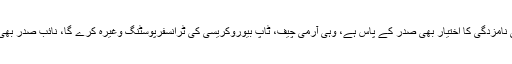
اعلیٰ عدلیہ کے ججوں کی نامزدگی کا اختیار بھی صدر کے پاس ہے، وہی آرمی چیف، ٹاپ بیوروکریسی کی ٹرانسفرپوسٹنگ وغیرہ کرے گا، نائب صدر بھی اسی نے نامزد کرنا ہے۔